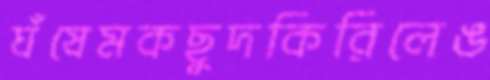
ঘঁষেমকছুদকিরিলেঙ